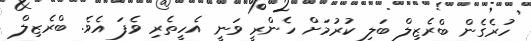
ހުރެގެން ބްރެޒިލް ބަލި ކުރުމަށް ހެންރީ ވަނީ އެހީތެރި ވެފަ އެވެ. ބްރެޒިލް